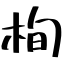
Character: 栒